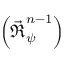
\left( { \vec { \boldsymbol { \mathfrak { R } } } _ { \psi } ^ { n - 1 } } \right)